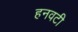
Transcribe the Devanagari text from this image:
हनवटी